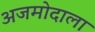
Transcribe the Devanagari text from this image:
अजमोदाला